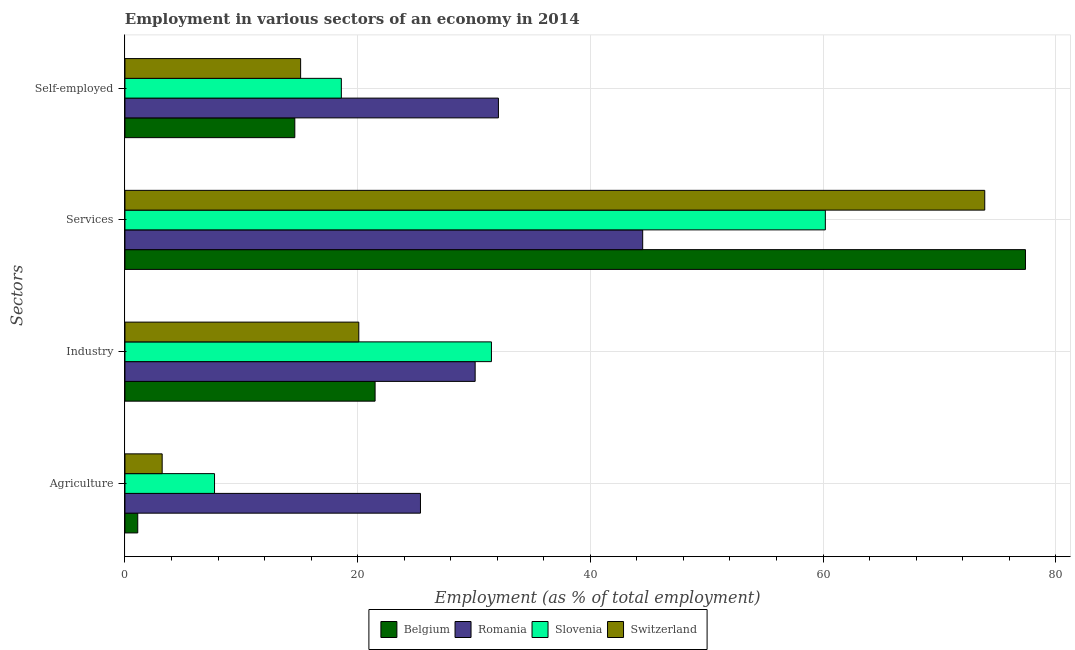
| Sectors | Belgium | Romania | Slovenia | Switzerland |
 | --- | --- | --- | --- | --- |
 | Agriculture | 1.1 | 25.4 | 7.7 | 3.2 |
 | Industry | 21.5 | 30.1 | 31.5 | 20.1 |
 | Services | 77.4 | 44.5 | 60.2 | 73.9 |
 | Self-employed | 14.6 | 32.1 | 18.6 | 15.1 |